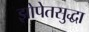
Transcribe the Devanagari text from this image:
झोपेतसुद्धा